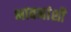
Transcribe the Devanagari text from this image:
भावनांशी